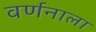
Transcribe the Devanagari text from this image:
वर्णनाला